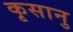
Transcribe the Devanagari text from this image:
कृसानु